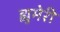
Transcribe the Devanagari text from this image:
ह्युमेरी